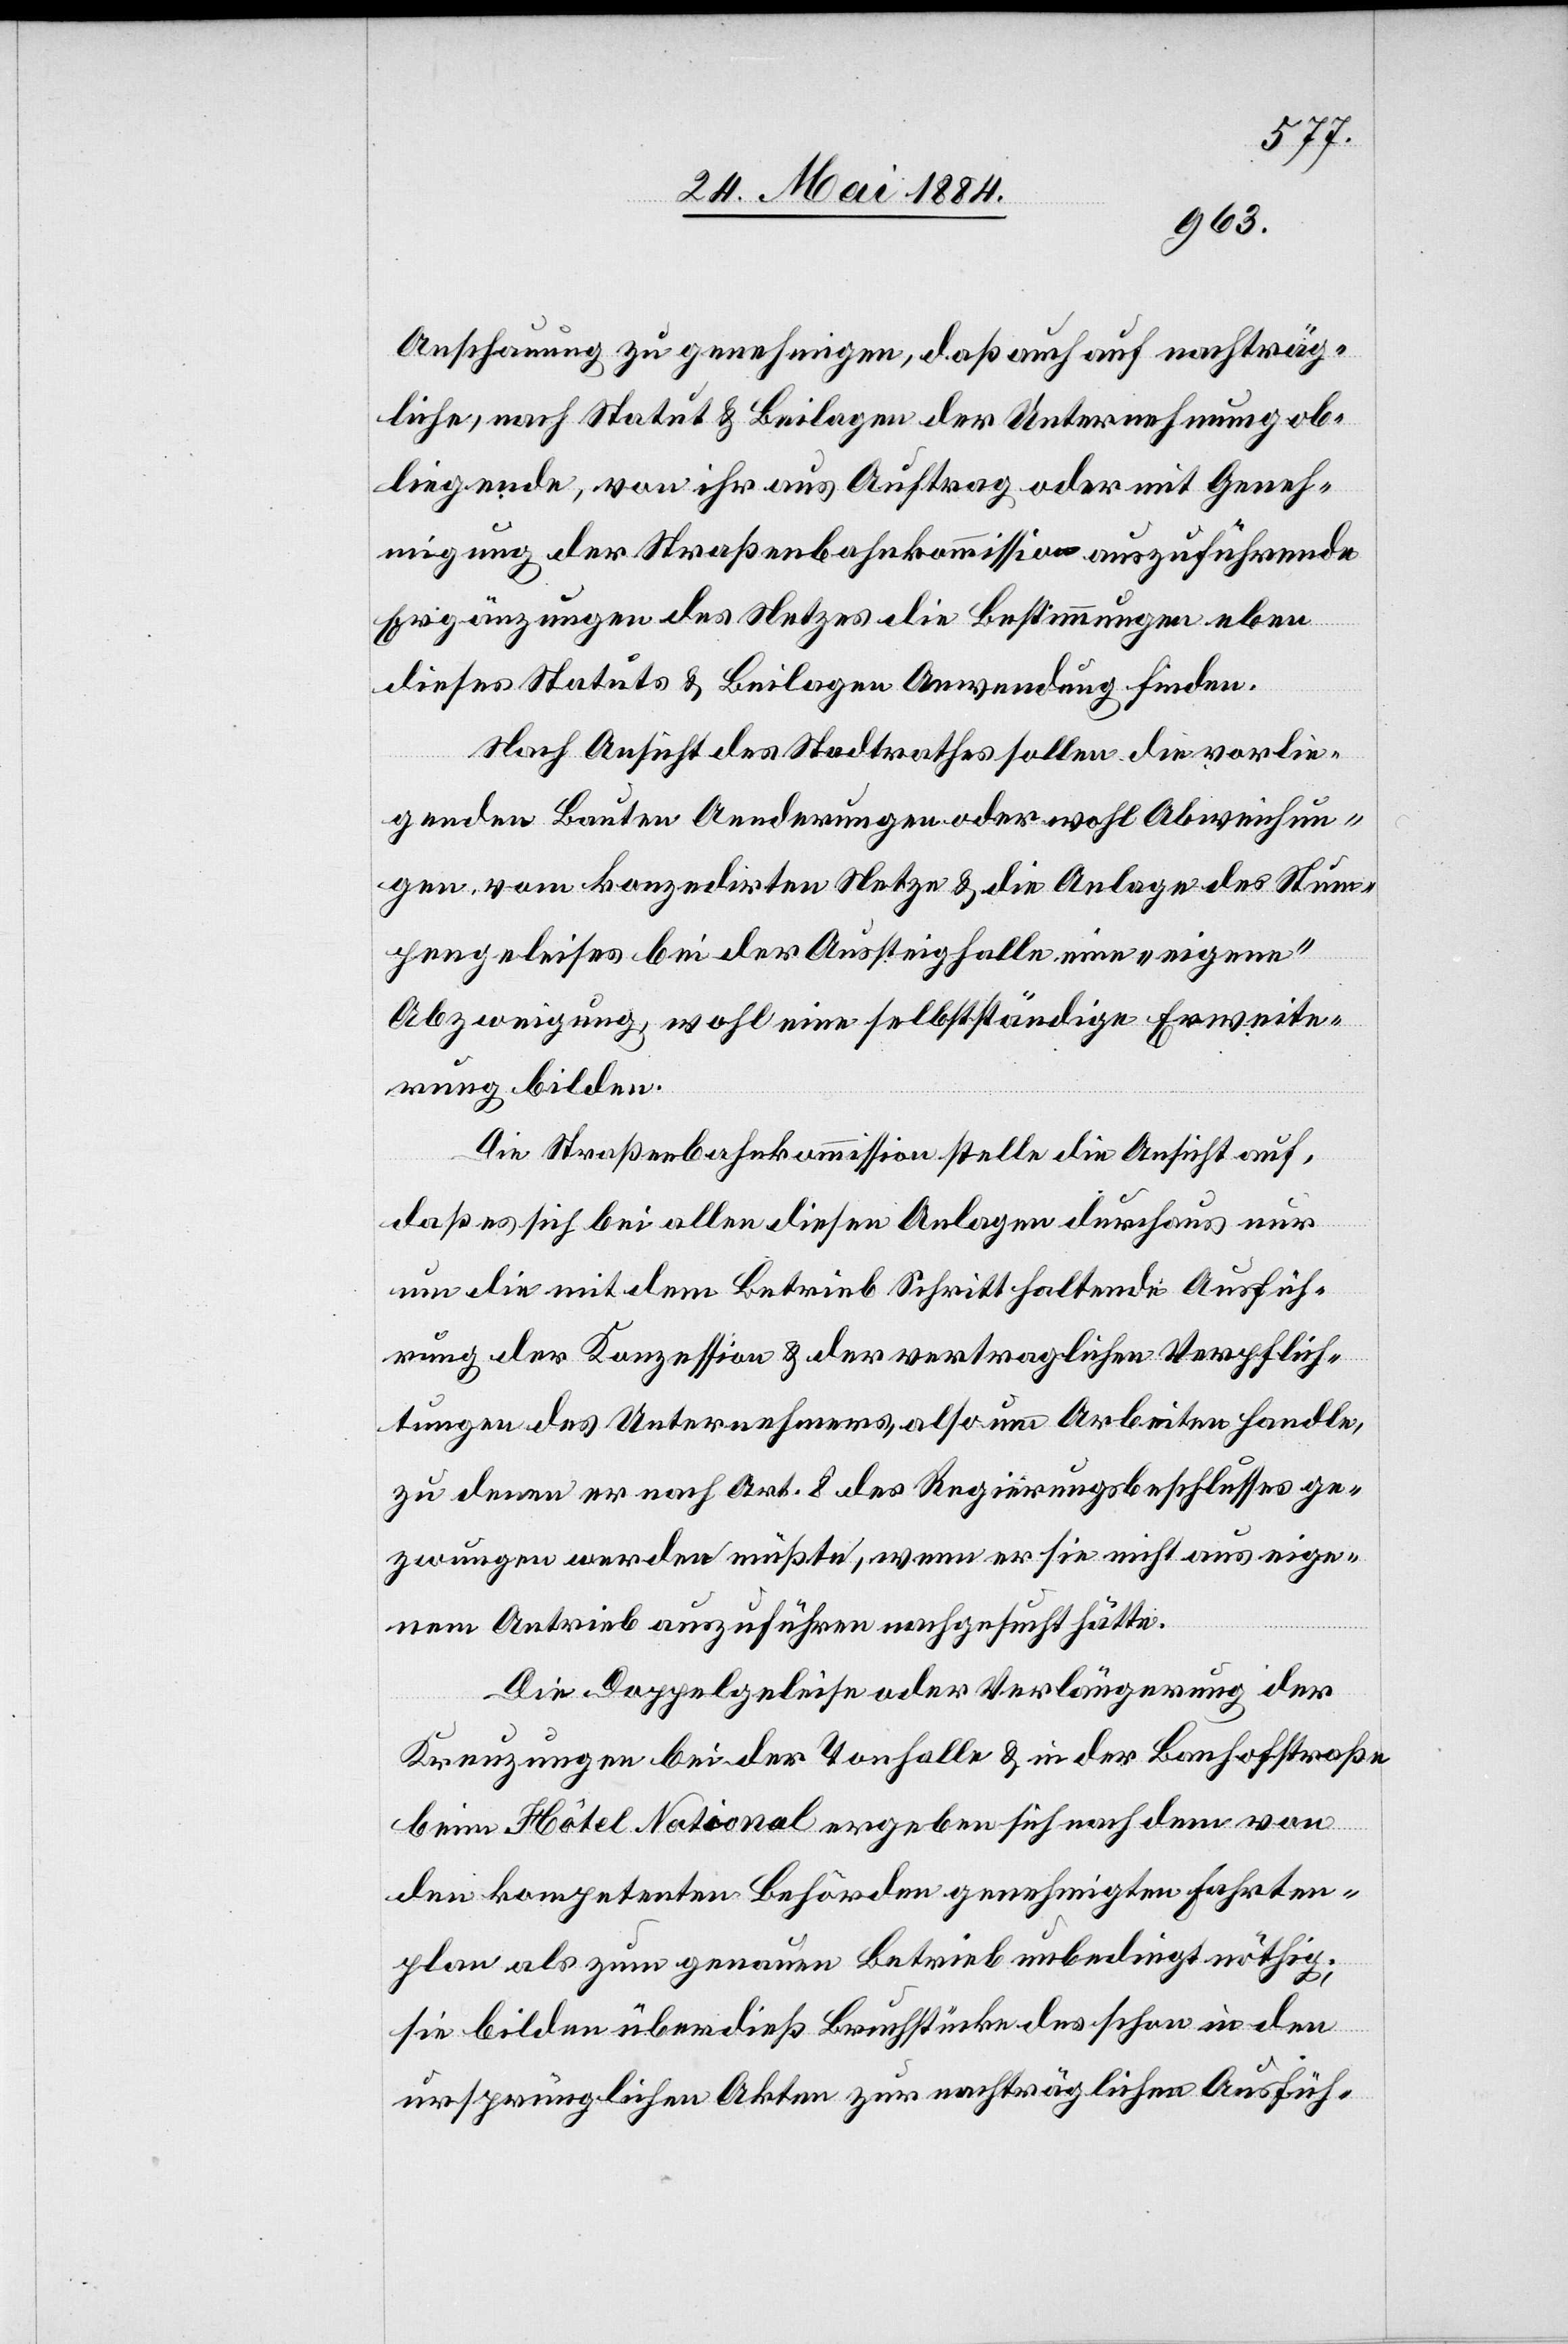
Anschauung zu genehmigen, daß auch nachträg¬
liche nach Statut & Beilagen der Unternehmung ob¬
liegende, von ihr aus Auftrag oder mit Geneh¬
migung der Straßenbahnkommission auszuführende
Ergänzungen des Netzes die Bestimmungen eben
dieses Statuts & Beilagen Anwendung finden.
Nach Ansicht des Stadtrathes sollen die vorlie¬
genden Bauten Aenderungen oder wohl Abweichun¬
gen vom konzedirten Netze & die Anlage des Stum¬
pengeleises bei der Aussteighalle eine „eigene“
Abzweigung, wohl eine selbstständige Erweite¬
rung bilden.
Die Straßenbahnkommission stelle die Ansicht auf,
daß es sich bei allen diesen Anlagen durchaus nur
um die mit dem Betrieb Schritt haltende Ausfüh¬
rung der Konzession & der vertraglichen Verpflich¬
tungen des Unternehmens, also um Arbeiten handle,
zu denen er nach Art. 8 des Regierungsbeschlusses ge¬
zwungen werden müßte, wenn er sie nicht aus eige¬
nem Antrieb auszuführen nachgesucht hätte.
Die Doppelgeleise oder Verlängerung der
Kreuzungen bei der Tonhalle & in der Bahnhofstraße
im Hôtel National ergeben sich nach dem von
den kompetenten Behörden genehmigten Fahrten¬
plan als zum genauen Betrieb unbedingt nöthig;
sie bilden überdieß Bruchstücke des schon in den
ursprünglichen Akten zur nachträglichen Ausfüh-